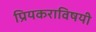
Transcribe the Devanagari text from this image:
प्रियकराविषयी